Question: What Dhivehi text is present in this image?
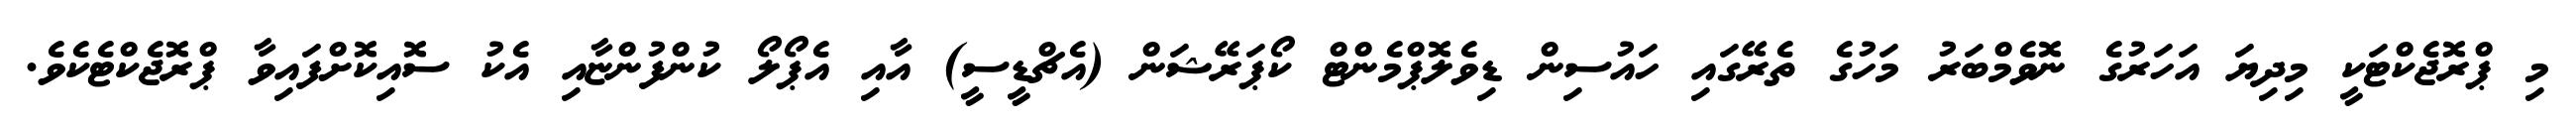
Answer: މި ޕްރޮޖެކްޓަކީ މިދިޔަ އަހަރުގެ ނޮވެމްބަރު މަހުގެ ތެރޭގައި ހައުސިން ޑިވެލޮޕްމެންޓް ކޯޕަރޭޝަން (އެޗްޑީސީ) އާއި އެޕޯލޯ ކުންފުންޏާއި އެކު ސޮއިކޮށްފައިވާ ޕްރޮޖެކްޓެކެވެ.